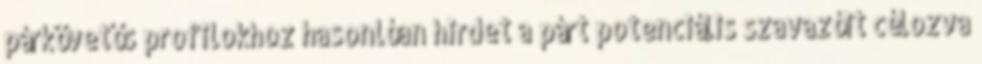
párkövetős profilokhoz hasonlóan hirdet a párt potenciális szavazóit célozva